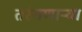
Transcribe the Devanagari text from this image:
तरंगणाऱ्या